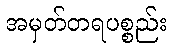
အမှတ်တရပစ္စည်း